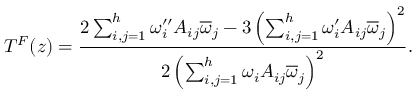
T ^ { F } ( z ) = { \frac { 2 \sum _ { i , j = 1 } ^ { h } \omega _ { i } ^ { \prime \prime } A _ { i j } \overline { { \omega } } _ { j } - 3 \left( \sum _ { i , j = 1 } ^ { h } \omega _ { i } ^ { \prime } A _ { i j } \overline { { \omega } } _ { j } \right) ^ { 2 } } { 2 \left( \sum _ { i , j = 1 } ^ { h } \omega _ { i } A _ { i j } \overline { { \omega } } _ { j } \right) ^ { 2 } } } .